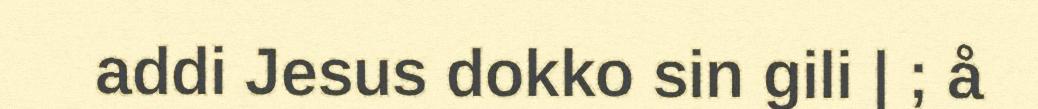
addi Jesus dokko sin gili | ; å